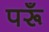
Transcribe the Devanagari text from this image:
परूँ